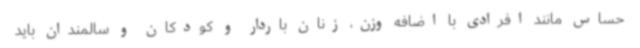
حساس مانند افرادی با اضافه وزن، زنان باردار و کودکان و سالمندان باید